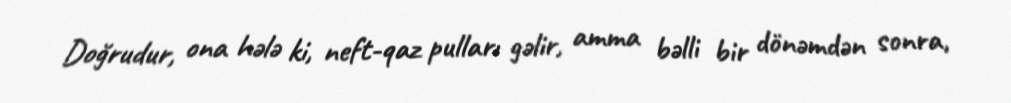
Doğrudur, ona hələ ki, neft-qaz pulları gəlir, amma bəlli bir dönəmdən sonra,